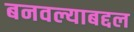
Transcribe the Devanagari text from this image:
बनवल्याबद्दल